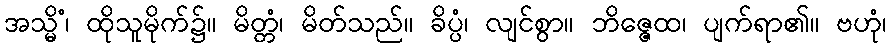
အသ္မိံ၊ ထိုသူမိုက်၌။ မိတ္တံ၊ မိတ်သည်။ ခိပ္ပံ၊ လျင်စွာ။ ဘိဇ္ဇေထ၊ ပျက်ရာ၏။ ဗဟုံ၊